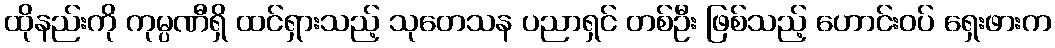
ထိုနည်းကို ကုမ္ပဏီရှိ ထင်ရှားသည့် သုတေသန ပညာရှင် တစ်ဦး ဖြစ်သည့် ဟောင်းဝပ် ရှေးဖားက